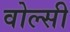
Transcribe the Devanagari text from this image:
वोल्सी